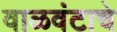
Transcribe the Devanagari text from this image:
वाळवंटाचे